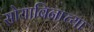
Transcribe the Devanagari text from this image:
सोयाबिनाच्या